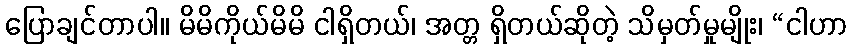
ပြောချင်တာပါ။ မိမိကိုယ်မိမိ ငါရှိတယ်၊ အတ္တ ရှိတယ်ဆိုတဲ့ သိမှတ်မှုမျိုး၊ “ငါဟာ